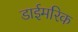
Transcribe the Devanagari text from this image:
डाईमरिक